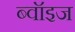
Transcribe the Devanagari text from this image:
ब्वॉइज